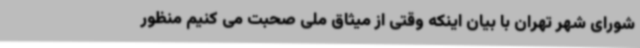
شورای شهر تهران با بیان اینکه وقتی از میثاق ملی صحبت می کنیم منظور